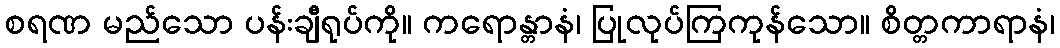
စရဏ မည်သော ပန်းချီရုပ်ကို။ ကရောန္တာနံ၊ ပြုလုပ်ကြကုန်သော။ စိတ္တကာရာနံ၊